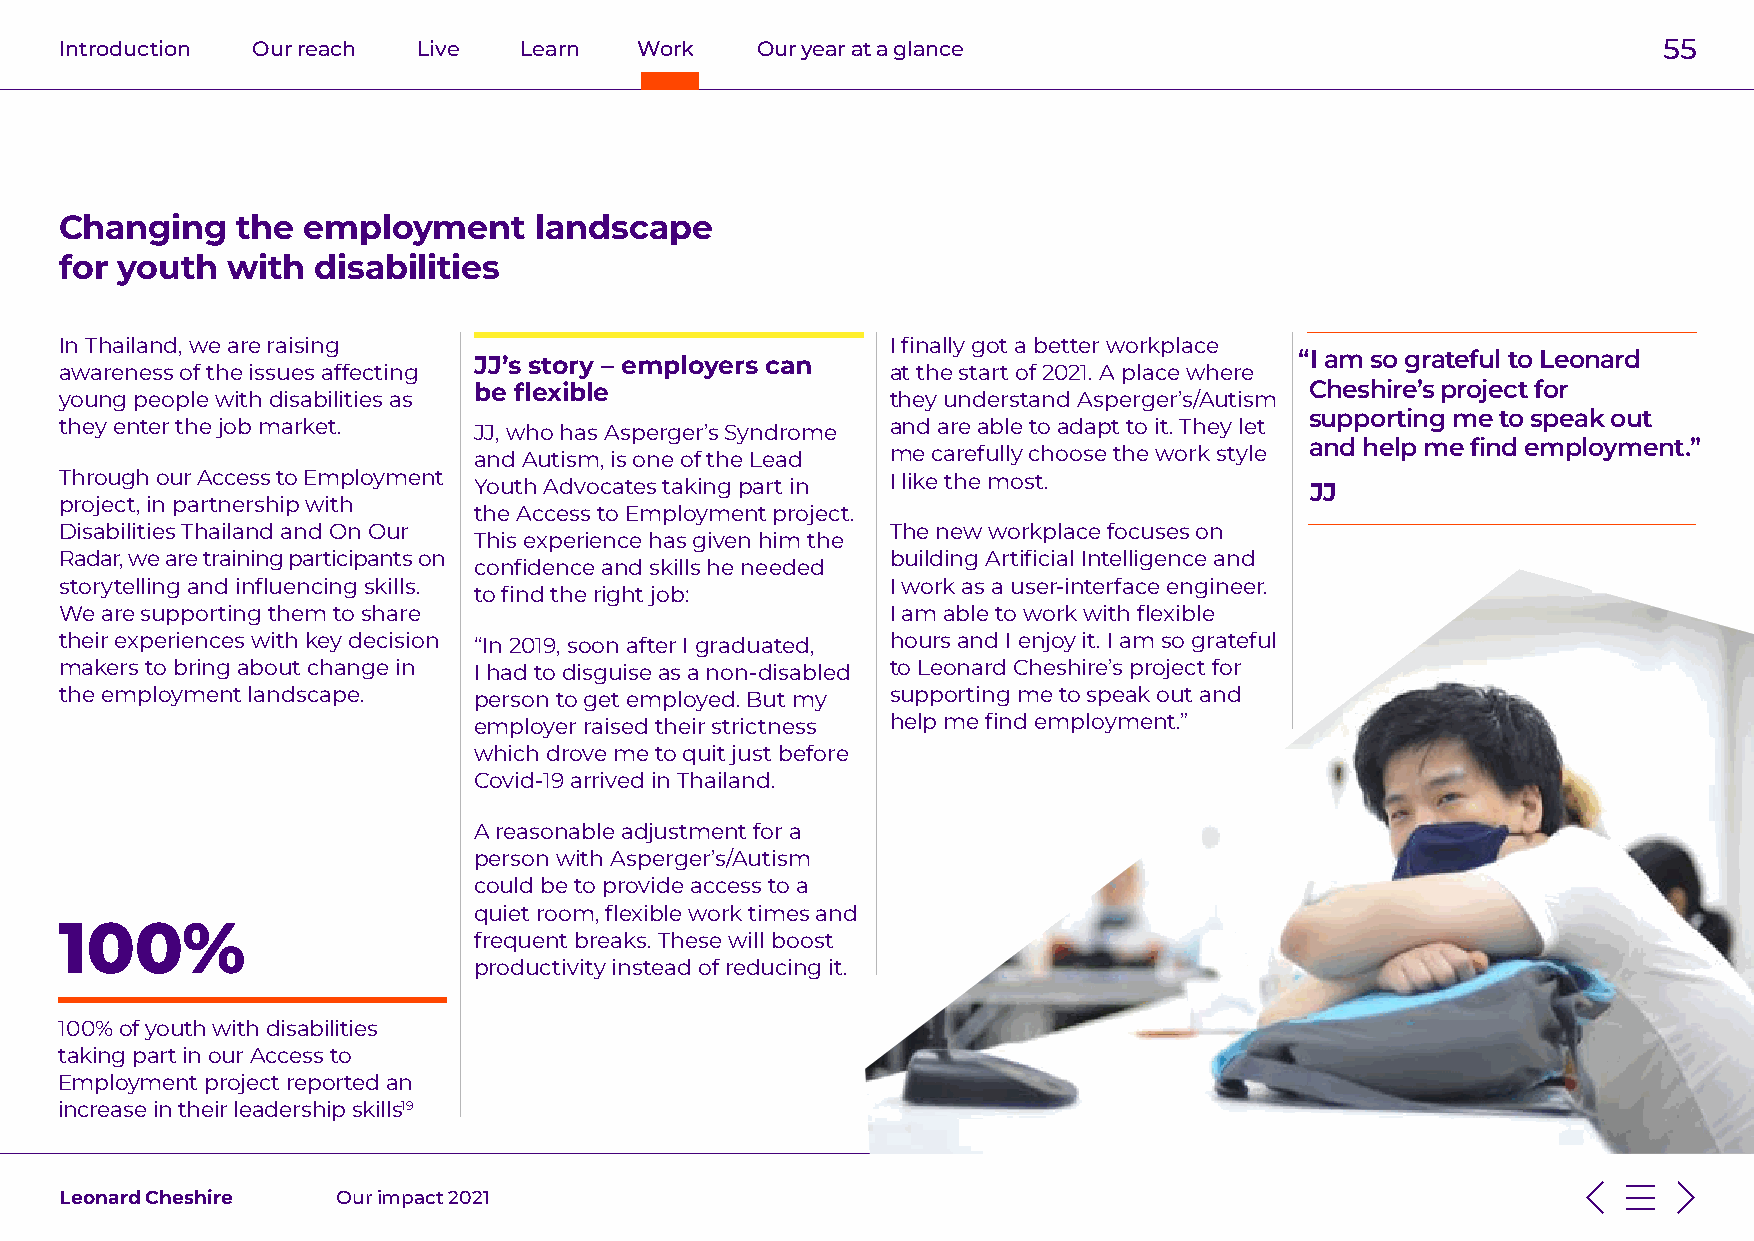
Introduction Our reach  Live  Learn   Work    Our year at a glance                                        55
 Changing    the employment     landscape
 for youth  with  disabilities
 In Thailand, we are raising                            I finally got a better workplace
 JJ’s story – employers can                             “I am so grateful to Leonard
 awareness of the issues affecting                      at the start of 2021. A place where
 be flexible                                             Cheshire’s project for
 young people with disabilities as                      they understand Asperger’s/Autism
 supporting me to speak out
 they enter the job market. JJ, who has Asperger’s Syndrome and are able to adapt to it. They let
 and help me find employment.”
 and Autism, is one of the Lead me carefully choose the work style
 Through our Access to Employment Youth Advocates taking part in I like the most.   JJ
 project, in partnership with
 the Access to Employment project.
 Disabilities Thailand and On Our                       The new workplace focuses on
 This experience has given him the
 Radar, we are training participants on                 building Artificial Intelligence and
 confidence and skills he needed
 storytelling and influencing skills.                   I work as a user-interface engineer.
 to find the right job:
 We are supporting them to share                        I am able to work with flexible
 their experiences with key decision “In 2019, soon after I graduated, hours and I enjoy it. I am so grateful
 makers to bring about change in I had to disguise as a non-disabled to Leonard Cheshire’s project for
 the employment landscape.  person to get employed. But my supporting me to speak out and
 employer raised their strictness help me find employment.”
 which drove me to quit just before
 Covid-19 arrived in Thailand.
 A reasonable adjustment for a
 person with Asperger’s/Autism
 could be to provide access to a
 quiet room, flexible work times and
 100%
 frequent breaks. These will boost
 productivity instead of reducing it.
 100% of youth with disabilities
 taking part in our Access to
 Employment project reported an
 increase in their leadership skills19
 Leonard Cheshire  Our impact 2021